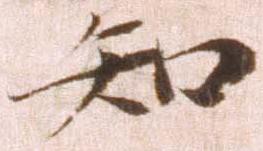
知